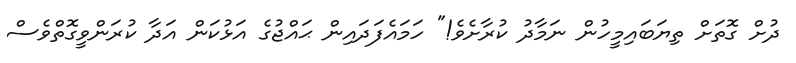
ދުށް ގޮތަށް ތިޔަބައިމީހުން ނަމާދު ކުރާށެވެ!" ހަމައެފަދައިން ޙައްޖުގެ އަޅުކަން އަދާ ކުރަންވީގޮތްވެސް